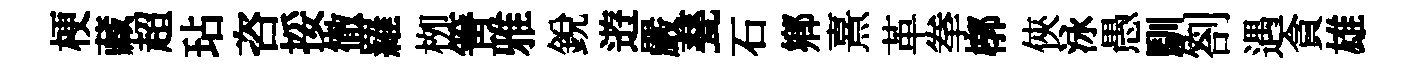
梗藏超玷咨挼徹羅栁箐雅銳逰嚴甆石鄉熹革拳槨俠泳愚馴劄遇貪雄